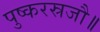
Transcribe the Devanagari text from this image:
पुष्करस्रजौ॥